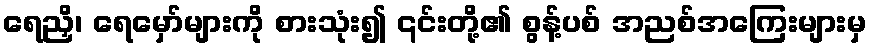
ရေညှိ၊ ရေမှော်များကို စားသုံး၍ ၎င်းတို့၏ စွန့်ပစ် အညစ်အကြေးများမှ